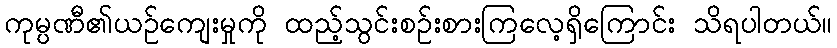
ကုမ္ပဏီ၏ယဉ်ကျေးမှုကို ထည့်သွင်းစဉ်းစားကြလေ့ရှိကြောင်း သိရပါတယ်။